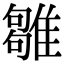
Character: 𩀣